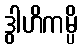
ဒွါဟိကမ္ပိ